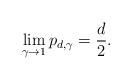
LaTeX: \begin{align*} \lim_{\gamma\to 1} p_{d,\gamma} = \frac{d}{2}. \end{align*}